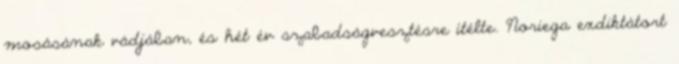
mosásának vádjában, és hét év szabadságvesztésre ítélte. Noriega exdiktátort